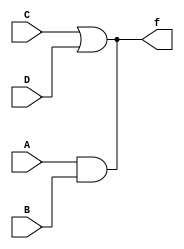
module usewire(A, B, C, D, f);
    input A, B, C, D;
    output f;

    wire f;

    assign f = A&B;
    assign f = C|D;
    

endmodule